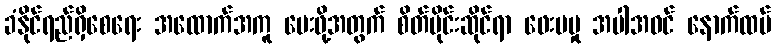
ခံနိုင်ရည်ရှိစေရေး အထောက်အကူ ပေးဖို့အတွက် စိတ်ပိုင်းဆိုင်ရာ ဖေးမမှု အပါအဝင် နောက်ထပ်